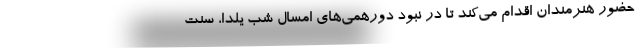
حضور هنرمندان اقدام می‌کند تا در نبود دورهمی‌های امسالِ شب یلدا، سنت